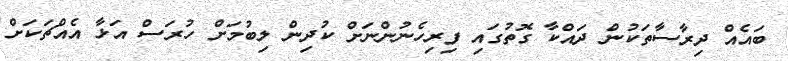
ބައެއް ދިރާސާތަކުން ދައްކާ ގޮތުގައި ފިރިހެނުންނަށް ކުދިން ލިބުމަށް ހުރަސް އަޅާ އެއްޗަކަށް